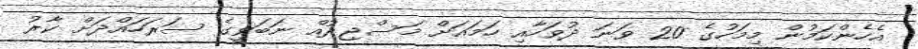
އެހެންކަމުން މިމަހުގެ 20 ވަނަ ދުވަހާއި ހަމައަށް މަސްޖިދުއް ނަބަވީގެ ސަރަހައްދަށް ކާރު